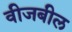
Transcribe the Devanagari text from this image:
वीजबील